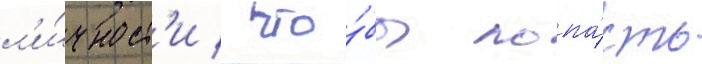
л'и́чност'и / что́бы попа́сть